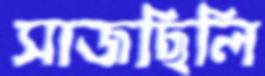
সাজছিলি